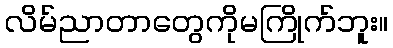
လိမ်ညာတာတွေကိုမကြိုက်ဘူး။